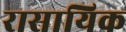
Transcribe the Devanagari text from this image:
रासायिक